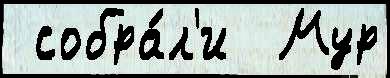
 собра́л'и  Мур